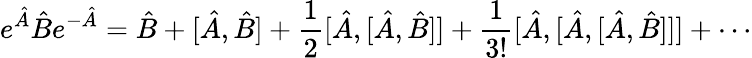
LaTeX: e^{\hat{A}}\hat{B}e^{-\hat{A}}=\hat{B}+[\hat{A},\hat{B}]+\frac{1}{2}[\hat{A},[\hat{A},\hat{B}]]+\frac{1}{3!}[\hat{A},[\hat{A},[\hat{A},\hat{B}]]]+\cdots